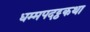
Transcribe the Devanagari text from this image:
धम्मपदट्ठकथा